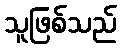
သူဖြစ်သည်